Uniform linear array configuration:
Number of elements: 8
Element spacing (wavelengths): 0.5
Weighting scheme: hamming
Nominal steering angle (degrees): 0
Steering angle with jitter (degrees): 1.166
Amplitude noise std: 0.05
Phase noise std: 0.05

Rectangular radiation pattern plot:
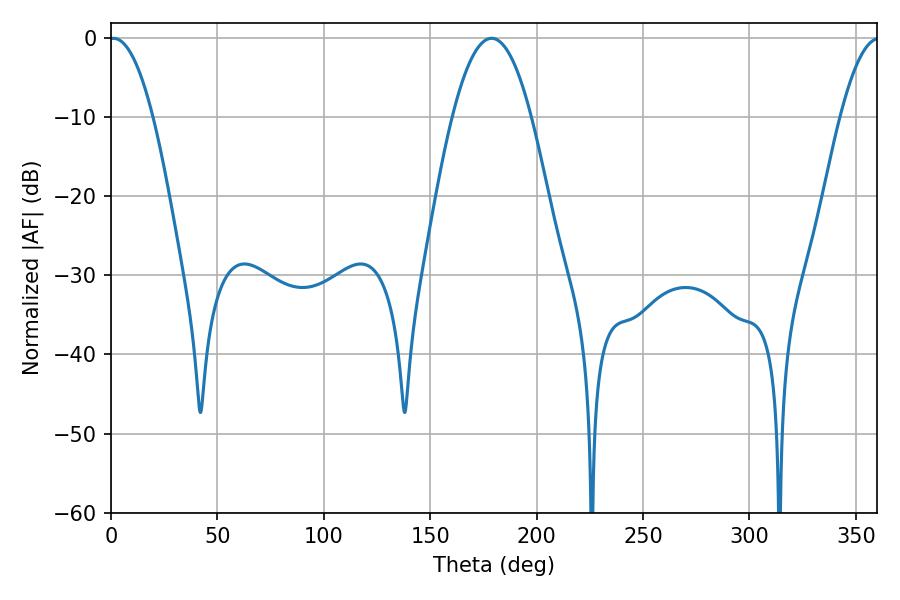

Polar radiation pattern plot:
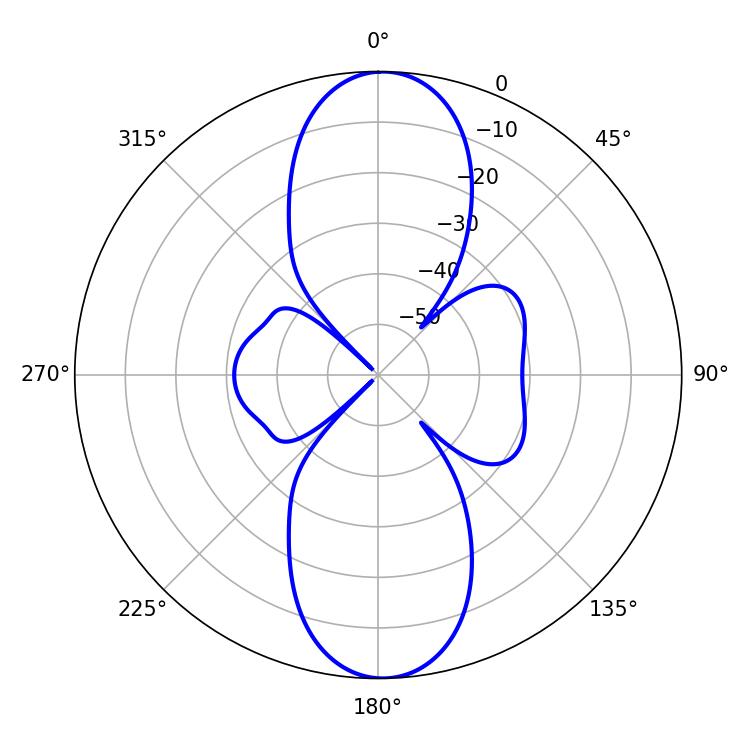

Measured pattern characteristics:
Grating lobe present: FALSE
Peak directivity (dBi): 21.172
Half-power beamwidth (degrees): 11.34
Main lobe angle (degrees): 1.08